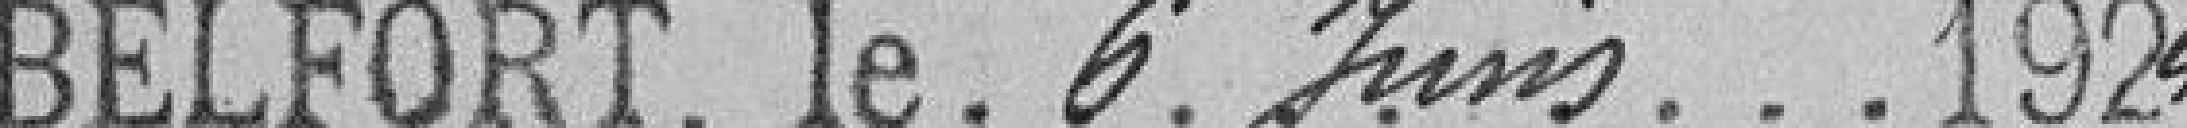
BELFORT, le 6 juin 1924